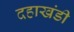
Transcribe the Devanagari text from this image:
दहाखंडी